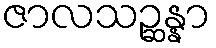
ဇာလသဉ္ဆန္နာ